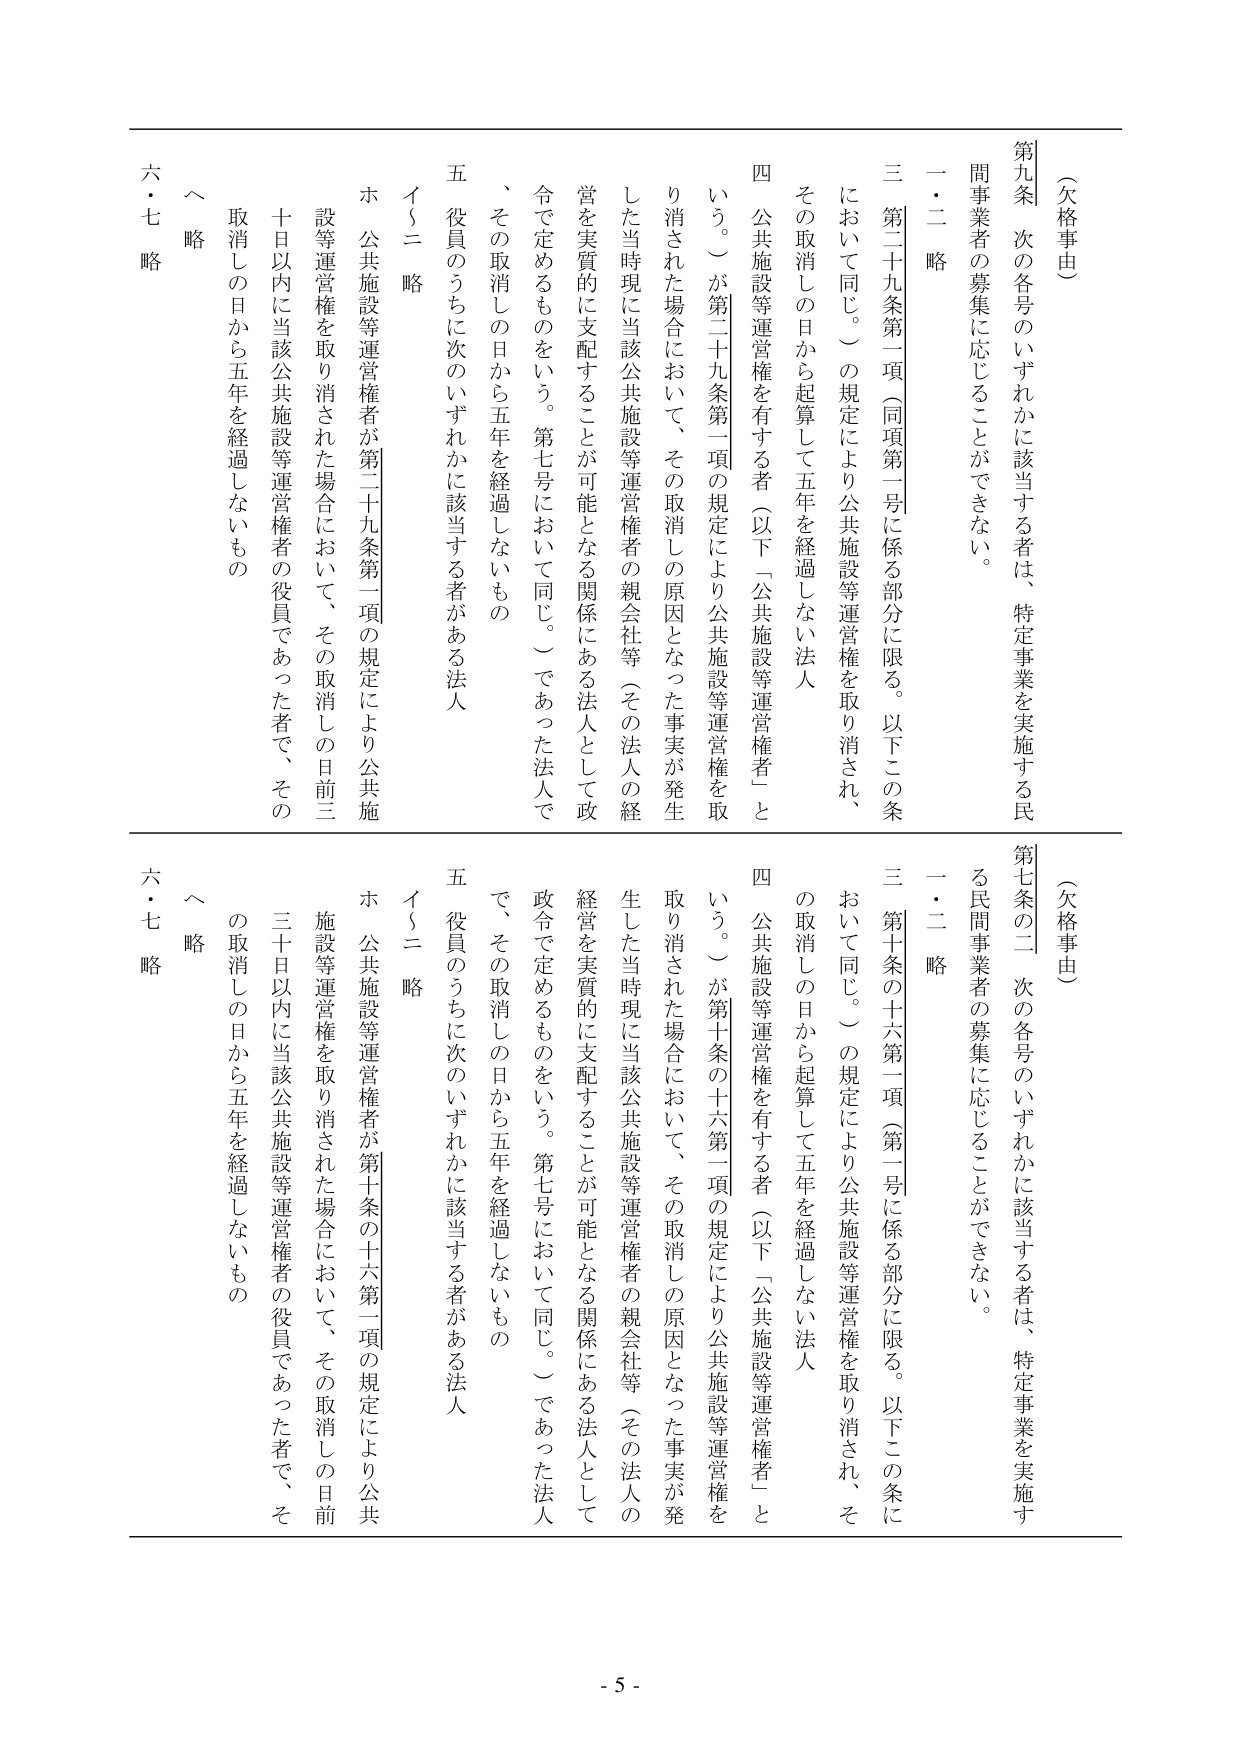
（欠格事由）

第九条　次の各号のいずれかに該当する者は、特定事業を実施する民間事業者の募集に応じることができない。

一・二　略

三　第二十九条第一項（同項第一号に係る部分に限る。以下この条において同じ。）の規定により公共施設等運営権を取り消され、その取消しの日から起算して五年を経過しない法人

四　公共施設等運営権を有する者（以下「公共施設等運営権者」という。）が第二十九条第一項の規定により公共施設等運営権を取り消された場合において、その取消しの原因となった事実が発生した当時現に当該公共施設等運営権者の親会社等（その法人の経営を実質的に支配することが可能となる関係にある法人として政令で定めるものをいう。第七号において同じ。）であった法人で、その取消しの日から五年を経過しないもの

五　役員のうちに次のいずれかに該当する者がある法人

イ～ニ　略

ホ　公共施設等運営権者が第二十九条第一項の規定により公共施設等運営権を取り消された場合において、その取消しの日前三十日以内に当該公共施設等運営権者の役員であった者で、その取消しの日から五年を経過しないもの

ヘ　略

六・七　略

（欠格事由）

第七条の二　次の各号のいずれかに該当する者は、特定事業を実施する民間事業者の募集に応じることができない。

一・二　略

三　第十条の十六第一項（第一号に係る部分に限る。以下この条において同じ。）の規定により公共施設等運営権を取り消され、その取消しの日から起算して五年を経過しない法人

四　公共施設等運営権を有する者（以下「公共施設等運営権者」という。）が第十条の十六第一項の規定により公共施設等運営権を取り消された場合において、その取消しの原因となった事実が発生した当時現に当該公共施設等運営権者の親会社等（その法人の経営を実質的に支配することが可能となる関係にある法人として政令で定めるものをいう。第七号において同じ。）であった法人で、その取消しの日から五年を経過しないもの

五　役員のうちに次のいずれかに該当する者がある法人

イ～ニ　略

ホ　公共施設等運営権者が第十条の十六第一項の規定により公共施設等運営権を取り消された場合において、その取消しの日前三十日以内に当該公共施設等運営権者の役員であった者で、その取消しの日から五年を経過しないもの

ヘ　略

六・七　略

- 5 -